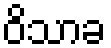
ဝိသာခ